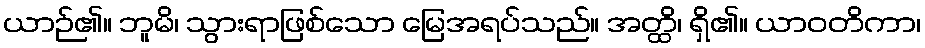
ယာဉ်၏။ ဘူမိ၊ သွားရာဖြစ်သော မြေအရပ်သည်။ အတ္ထိ၊ ရှိ၏။ ယာဝတိကာ၊